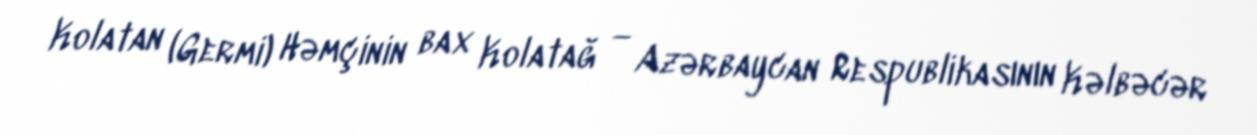
Kolatan (Germi) Həmçinin bax Kolatağ — Azərbaycan Respublikasının Kəlbəcər